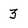
Character: 3